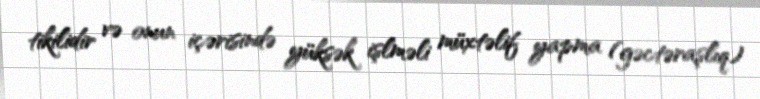
tikilidir və onun içərisində yüksək işlməli müxtəlif yapma (gəctəraşlıq)